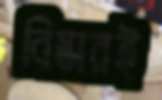
বিস্তারই